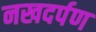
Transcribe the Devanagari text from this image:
नखदर्पण